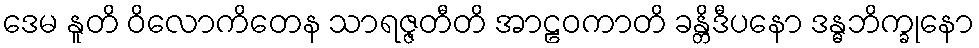
ဒေမ နူတိ ဝိလောကိတေန သာရဇ္ဇတီတိ အာဠဝကာတိ ခန္တိဒီပနော ဒန္ဓဘိက္ခုနော